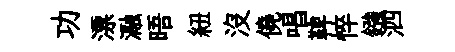
功漂瀜晤紐沒僥唱鞞悴鏹泗